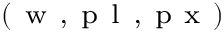
^ { ( \mathrm { ~ w ~ , ~ p ~ l ~ , ~ p ~ x ~ } ) }